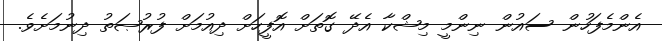
އެންމެފަހުން ސައުން ނިންމީ މިޝްކާ އެދޭ ގޮތަށް އޮފީހަށް ދިއުމަށް ފުރުޞަތު ދިނުމަށެވެ.